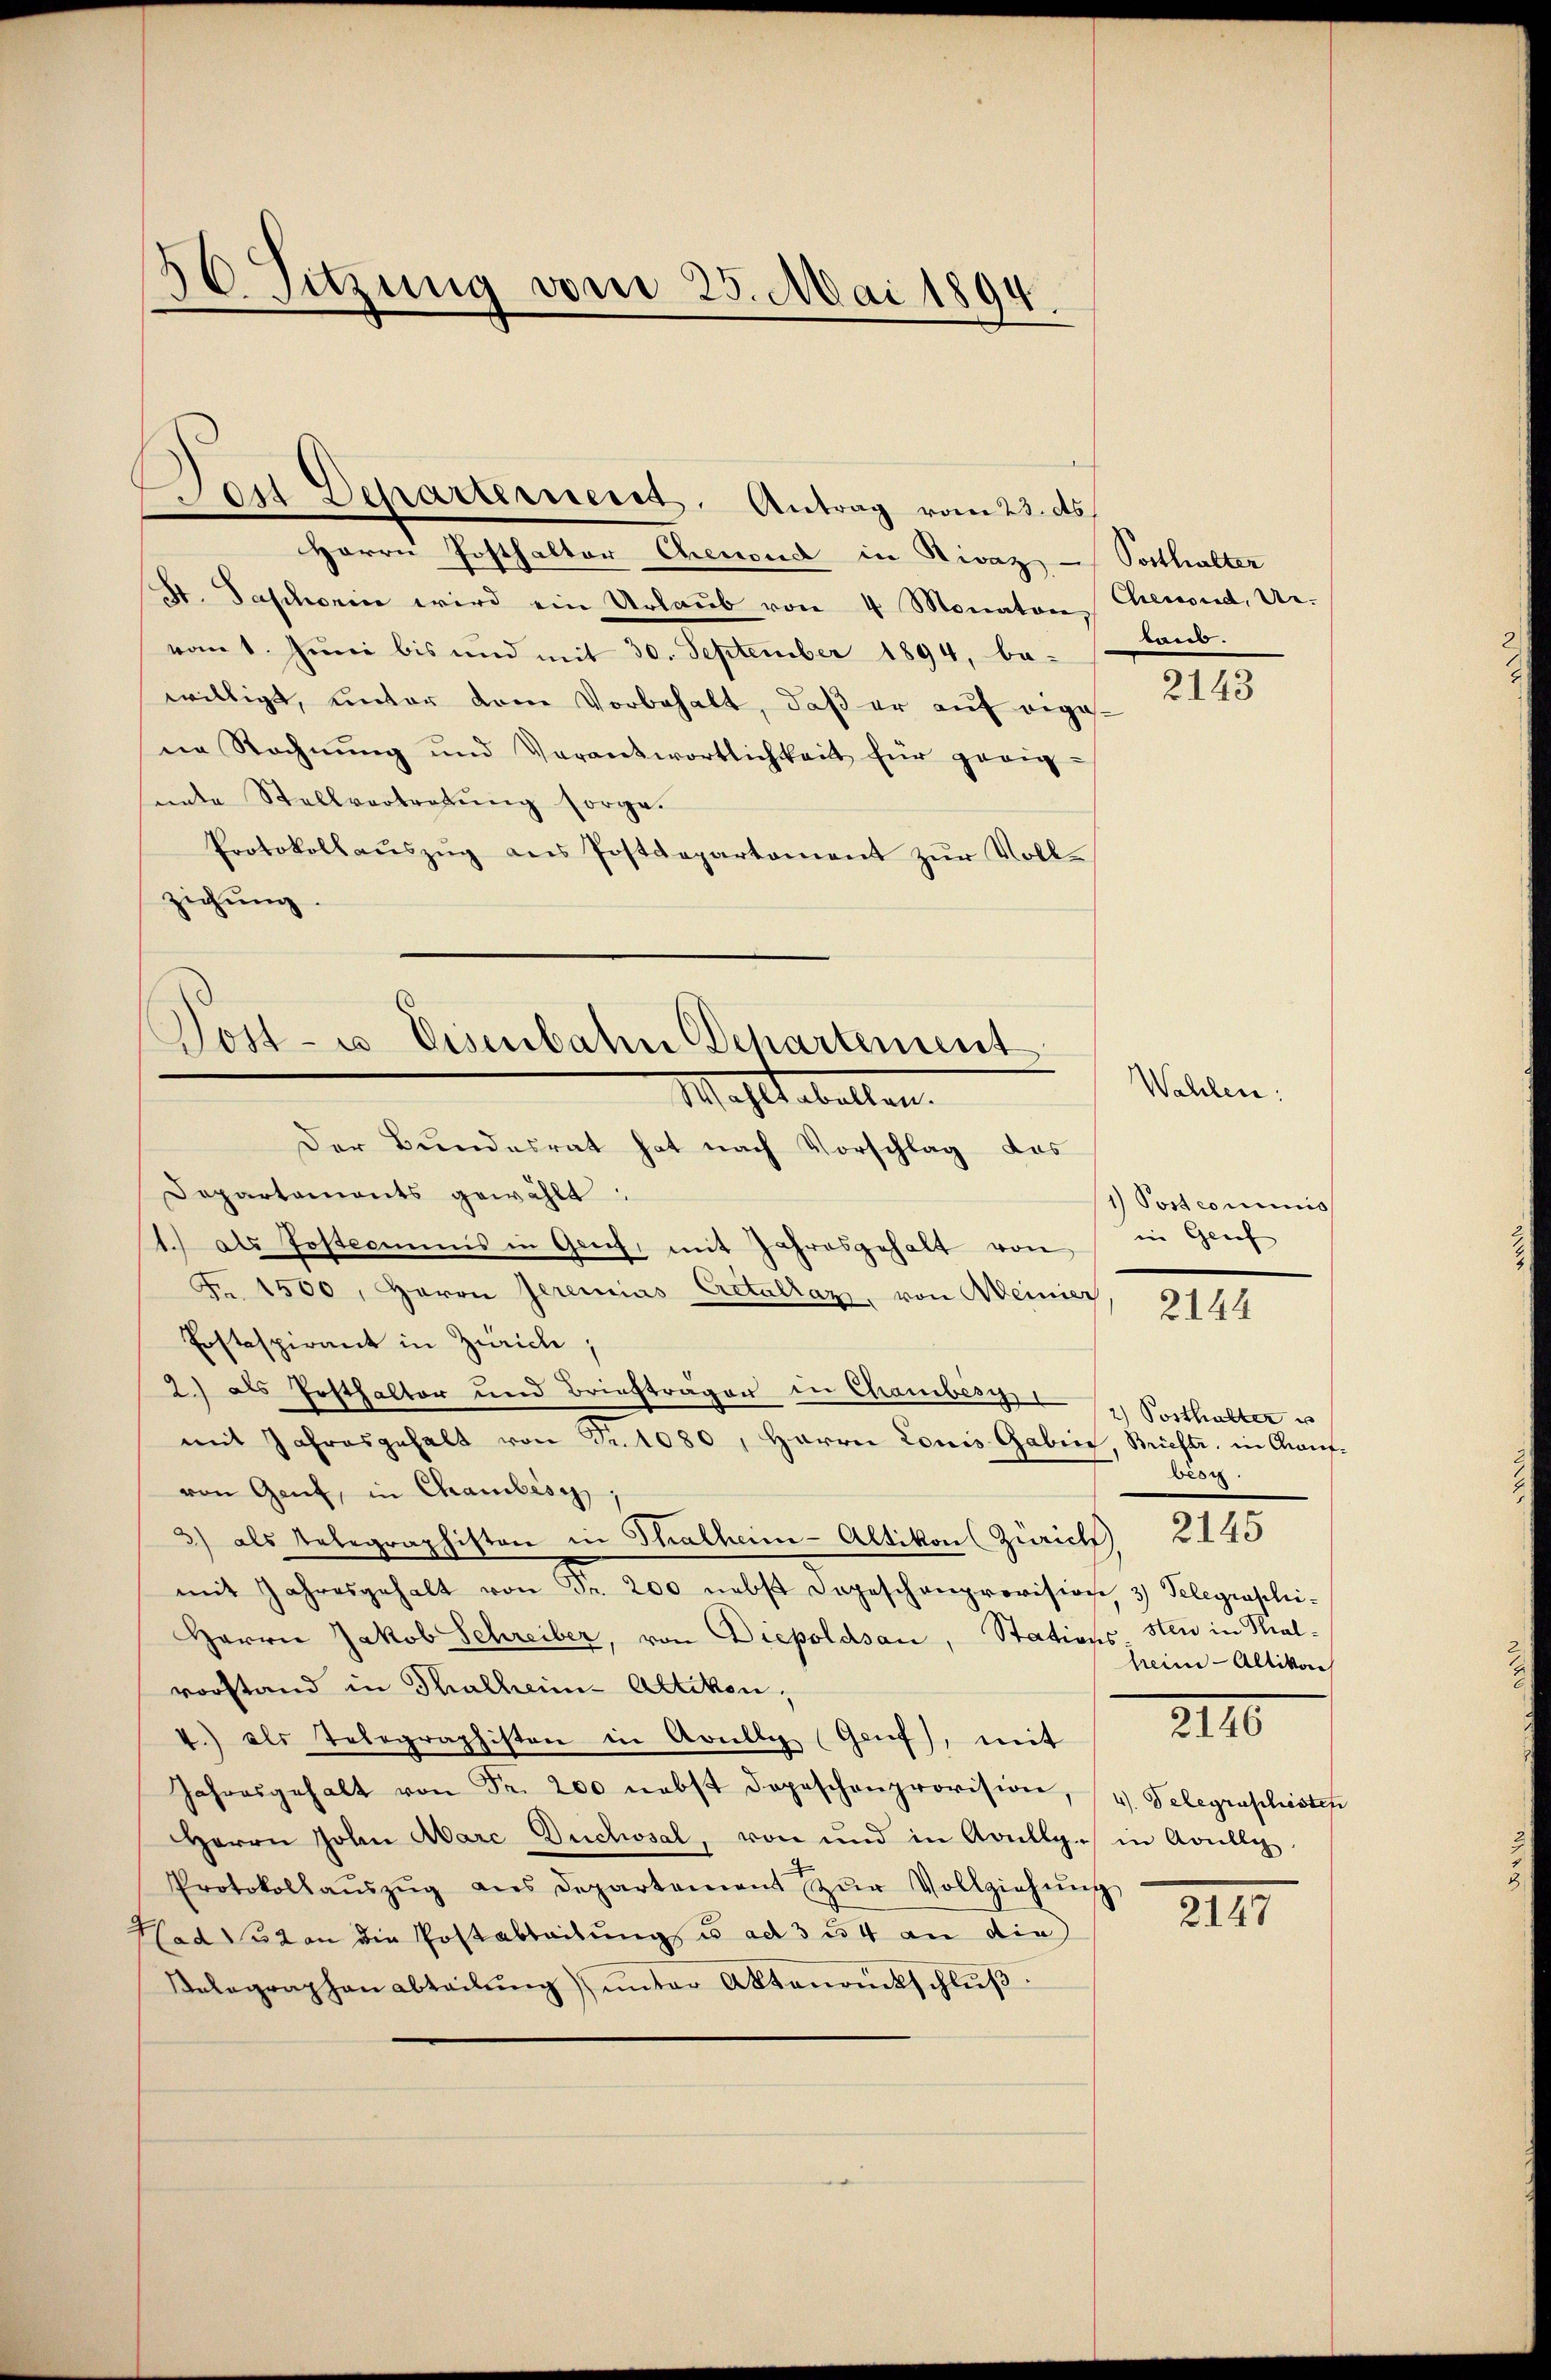
50 Sitzung vom 25. Mai 1894.

Herrn Josthalter Chenoud in Divaz, Potthalter
St. Paschein wird ein Urlaub von 4 Monaten Chenend, Urvom 1. Juni bis und mit 30. September 1894, be-
willigt, unter dem Vorbehalt, daß er auf eigene Rechnŭng und Verantwortlichkeit für geeignnte Stellvertretung sorge.
Protokollaŭszŭg ans Postdepartament zŭr Voll-
ziehung.

.

Den Departement. Antrag vom 23. ds.

Dost- u Eisenbahn Departement
Mahstabellen.

tan.

Der Bundesrat hat nach Vorschlag das
Departaments gewählt:
1.) als Posteriums in Genf, mit Jahresgehalt von in Grief
Fr. 1500, Herrn Jeremias Eretallaz, von Weinier
Postspirant in Zürich,
2.) als Posthalter und Briefträger in Chambesz. Posthalter u
mit Jahresgehalt von Fr. 1080, Herrn Louis Gaben, Briefte, in Chaufvon Genf, in Chambisch
3) als Telegraphiston in Thalheim-Altikon (Zürich 2145
mit Jahresgehalt von Fr. 200 nebst Depeschenprovision, 3) Telegraphi-
Herrn Jakob Schreiber, von Diepoldsau, Stations sten in Thalvorstand in Thalheim Altikon,
4.) als Telegraphisten in Avully (Genf), mit
Jahresgehalt von Fr. 200 nebst dopeschenprovision, (v. Telegraphisten
Herrn John Aarc Ducksal, von und in Avullg. in Aville
Protokollaŭszŭg als Departement zŭr Vollziehŭng
Haduten die Postabteilung u. ad 3 u. 4 an die
Relegraphan abteilŭng ŭnter Aktenrückschluß.

Wahlen:

2143

1) Postcommis

2144

beon
heim Altikon
III

2117